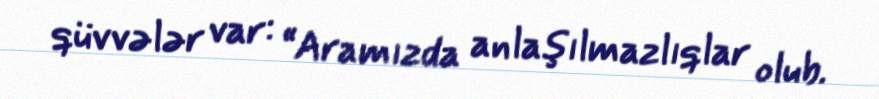
qüvvələr var: “Aramızda anlaşılmazlıqlar olub.